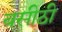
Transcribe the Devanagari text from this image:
बसीठी